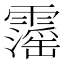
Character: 𩆍